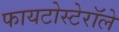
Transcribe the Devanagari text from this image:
फायटोस्टेरॉले